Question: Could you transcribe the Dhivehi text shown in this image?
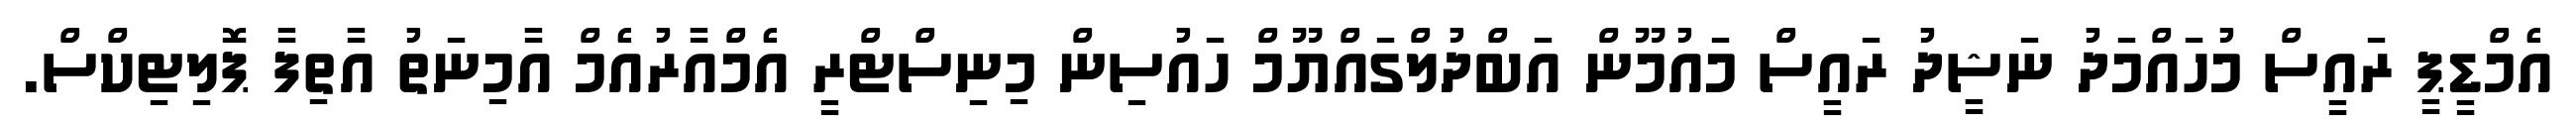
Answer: އެމްޑީޕީ ރައީސް މުހައްމަދު ނަޝީދު ރައީސް މައުމޫން އަބްދުލްގައްޔޫމް ހައުސިން މިނިސްޓްރީ އެމްއާރުއެމް އާމިނަތު އާތިފާ ޕޮލިޓިކްސް.